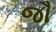
જૌ